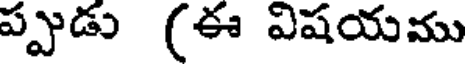
ప్పుడు (ఈ విషయము